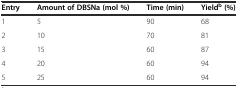
<table><thead><tr><td><b>Entry</b></td><td><b>Amount of DBSNa (mol %)</b></td><td><b>Time (min)</b></td><td><b>Yield<sup>b</sup>(%)</b></td></tr></thead><tbody><tr><td>1</td><td>5</td><td>90</td><td>68</td></tr><tr><td>2</td><td>10</td><td>70</td><td>81</td></tr><tr><td>3</td><td>15</td><td>60</td><td>87</td></tr><tr><td>4</td><td>20</td><td>60</td><td>94</td></tr><tr><td>5</td><td>25</td><td>60</td><td>94</td></tr></tbody></table>